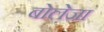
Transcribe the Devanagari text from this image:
बोलेजा